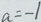
a = - 1